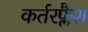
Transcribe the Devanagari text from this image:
कर्तरफ्लैश